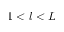
1 < l < L